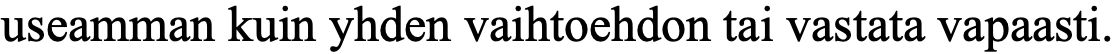
useamman kuin yhden vaihtoehdon tai vastata vapaasti.